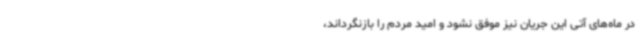
در ماه‌های آتی این جریان نیز موفق نشود و امید مردم را بازنگرداند،